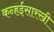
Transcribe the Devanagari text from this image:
कन्हईसारखी